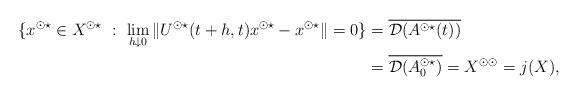
LaTeX: \begin{align*} \{x^{\odot \star} \in X^{\odot \star} \ : \ \lim_{h\downarrow 0} \|U^{\odot \star}(t+h,t)x^{\odot \star} - x^{\odot \star}\| = 0\} &= \overline{\mathcal{D}(A^{\odot \star}(t))} \\ &= \overline{\mathcal{D}(A_0^{\odot \star})} = X^{\odot \odot} = j(X),\end{align*}